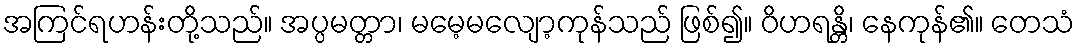
အကြင်ရဟန်းတို့သည်။ အပ္ပမတ္တာ၊ မမေ့မလျော့ကုန်သည် ဖြစ်၍။ ဝိဟရန္တိ၊ နေကုန်၏။ တေသံ